Epidemic dropsy in Calcutta - Number 49
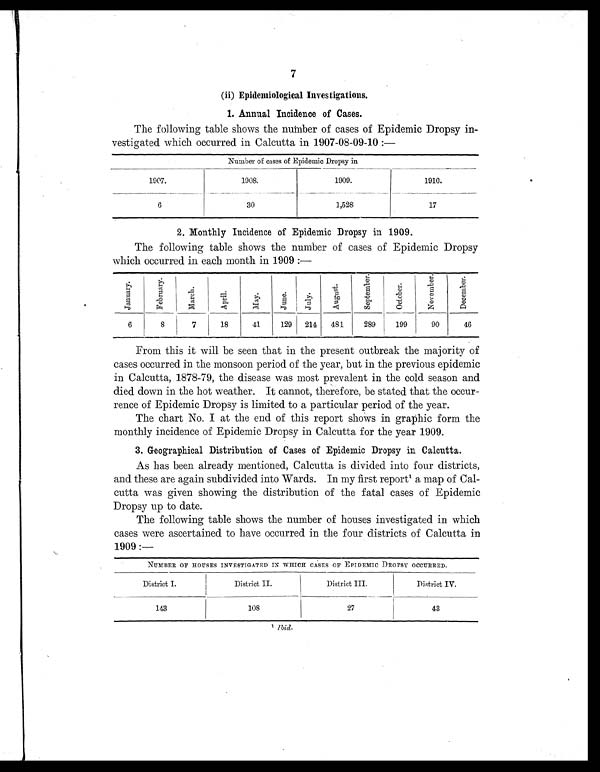
7
(ii) Epidemiological Investigations.
The following table shows the number of cases of Epidemic Dropsy in-
vestigated which occurred in Calcutta in 1907-08-09-10 :—
Number of cases of Epidemic Dropsy in
1907.
1908.
1909.
1910.
6
30
1,528
17
2. Monthly Incidence of Epidemic Dropsy in 1909.
The following table shows the number of cases of Epidemic Dropsy
which occurred in each month in 1909 :—
J a n u a r y .
F e b r u a r y .
M a r c h .
A p r i l .
M a y .
J u n e .
J u l y . A u g u s t .
S e p t e m b e r .
O c t o b e r .
N o v e m b e r .
D e c e m b e r .
6
8
7
18
41
129
214
481
289
199
90
46
From this it will be seen that in the present outbreak the majority of
cases occurred in the monsoon period of the year, but in the previous epidemic
in Calcutta, 1878-79, the disease was most prevalent in the cold season and
died down in the hot weather. It cannot, therefore, be stated that the occur-
rence of Epidemic Dropsy is limited to a particular period of the year.
The chart No. I at the end of this report shows in graphic form the
monthly incidence of Epidemic Dropsy in Calcutta for the year 1909.
3. Geographical Distribution of Cases of Epidemic Dropsy in Calcutta.
As has been already mentioned, Calcutta is divided into four districts,
and these are again subdivided into Wards. In my first report¹ a map of Cal-
cutta was given showing the distribution of the fatal cases of Epidemic
Dropsy up to date.
The following table shows the number of houses investigated in which
cases were ascertained to have occurred in the four districts of Calcutta in
1909 :—
NUMBER OF HOUSES INVESTIGATED IN WHICH CASES OF EPIDEMIC DROPSY OCCURRED.
District I.
District II.
District III.
District IV.
143
108
27
43